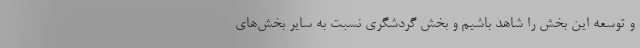
و توسعه این بخش را شاهد باشیم و بخش گردشگری نسبت به سایر بخش‌های